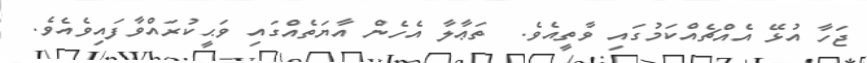
ޖަހާ އުޅޭ އެއްޗެއްކަމުގައި ވާތީއެވެ.  ތަޢާލާ އެހެން އާޔަތެއްގައި ވަޙީކުރައްވާފައިވެއެވެ.